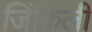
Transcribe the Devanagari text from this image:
जिंकिली